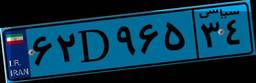
۶۲D۹۶۵۳۴